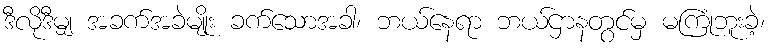
ဒီလိုဒီမျှ အခက်အခဲမျိုး ခက်သောအခါ၊ ဘယ်နေရာ ဘယ်ဌာနတွင်မှ မကြုံဘူးခဲ့၊